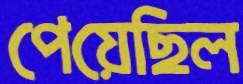
পেয়েছিল